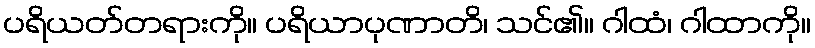
ပရိယတ်တရားကို။ ပရိယာပုဏာတိ၊ သင်၏။ ဂါထံ၊ ဂါထာကို။